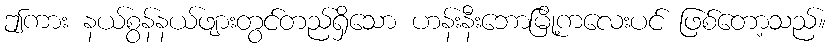
ဤကား နယ်စွန်နယ်ဖျားတွင်တည်ရှိသော ဟန်းနီးဘောမြို့ကလေးပင် ဖြစ်တော့သည်။